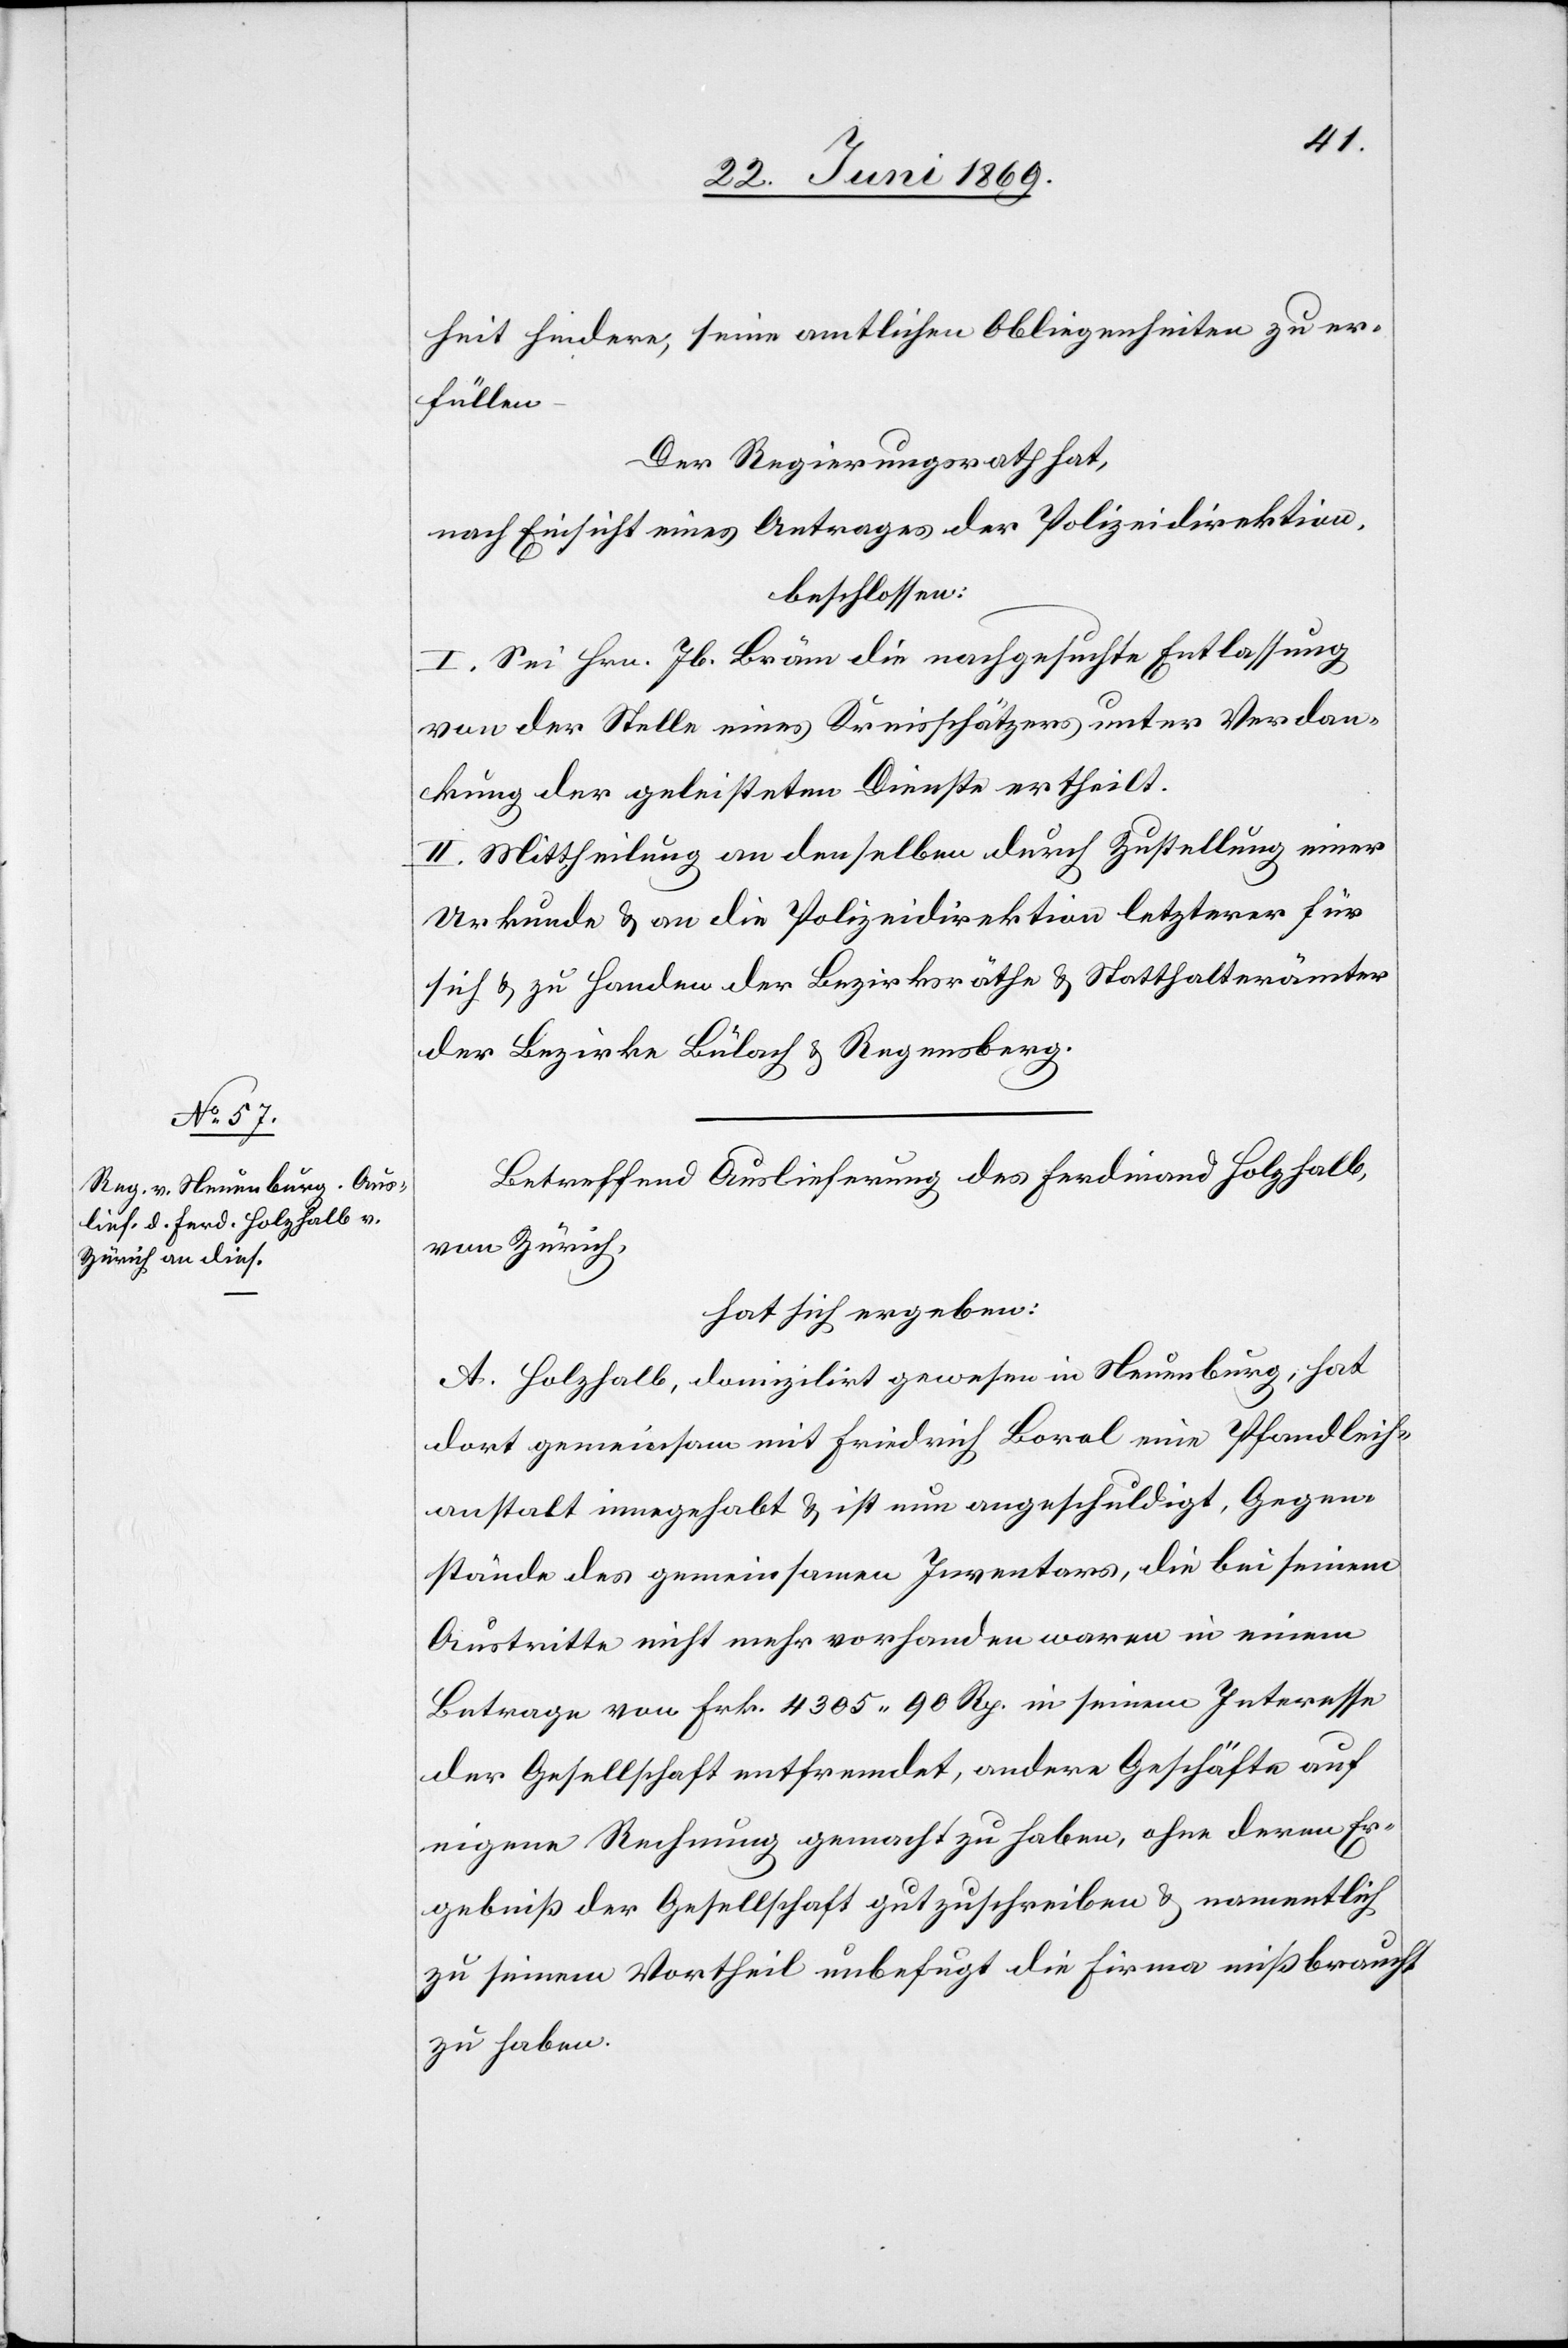
heit hindere, seine amtlichen Obliegenheiten zu er¬
füllen
Der Regierungsrath hat,
nach Einsicht eines Antrages der Polizeidirektion.
beschlossen:
I. Sei Hrn. Jb. Bräm die nachgesuchte Entlassung
von der Stelle eines Kreisschätzers unter Verdan¬
kung der geleisteten Dienste ertheilt.
II. Mittheilung an denselben durch Zustellung einer
Urkunde u. an die Polizeidirektion letzterer für
sich u. zu Handen der Bezirksräthe u. Statthalterämter
der Bezirke Bülach u. Regensberg.
Betreffend Auslieferung des Ferdinand Holzhalb,
von Zürich,
hat sich ergeben:
A. Holzhalb, domilizirt gewesen in Neuenburg, hat
dort gemeinsam mit Friedrich Boral eine Pfandleih¬
anstalt innegehabt u. ist nun angeschuldigt, Gegen¬
stände des gemeinsamen Inventars, die bei seinem
Austritte nicht mehr vorhanden waren in einem
Betrage von Frk. 4305.90 Rp. in seinem Interesse
der Gesellschaft entfremdet, andere Geschäfte auf
eigene Rechnung gemacht zu haben, ohne deren Er¬
gebniß der Gesellschaft gutzuschreiben u. namentlich
zu seinem Vortheil unbefugt die Firma mißbraucht
zu haben.